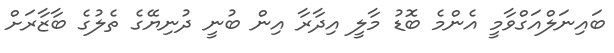
ބައިނަލްއަގްވާމީ އެންމެ ބޮޑު މާލީ އިދާރާ އިން ބުނީ ދުނިޔޭގެ ތެލުގެ ބާޒާރަށް